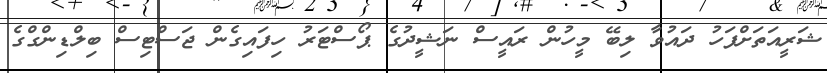
ޝަރީއަތަށްފަހު ދައުވާ ލިބޭ މީހުން ރައީސް ނަޝީދުގެ ޕޯސްޓަރު ހިފައިގެން ޖަސްޓިސް ބިލްޑިންގްގެ